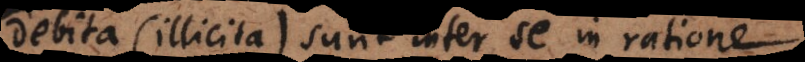
ebita (illicita) sunt inter se in ration